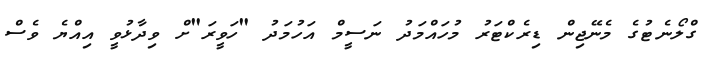
ގްލޯނެޓުގެ މެނޭޖިން ޑިރެކްޓަރު މުހައްމަދު ނަސީމް އަހުމަދު "ހަވީރަ"ށް ވިދާޅުވީ އިއްޔެ ވެސް